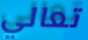
تعالي